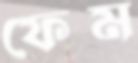
ফেম